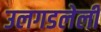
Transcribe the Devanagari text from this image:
उलगडलेली